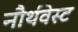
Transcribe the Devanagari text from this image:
नौर्थवेस्ट